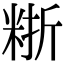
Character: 𥺈